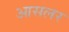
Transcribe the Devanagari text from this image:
आसलर